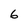
Character: 6